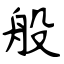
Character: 般